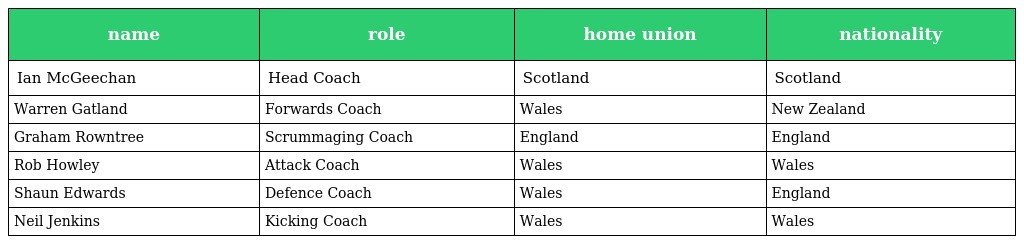
| name | role | home union | nationality |
 | --- | --- | --- | --- |
 | Ian McGeechan | Head Coach | Scotland | Scotland |
 | Warren Gatland | Forwards Coach | Wales | New Zealand |
 | Graham Rowntree | Scrummaging Coach | England | England |
 | Rob Howley | Attack Coach | Wales | Wales |
 | Shaun Edwards | Defence Coach | Wales | England |
 | Neil Jenkins | Kicking Coach | Wales | Wales |